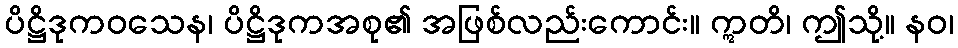
ပိဋ္ဌိဒုကဝသေန၊ ပိဋ္ဌိဒုကအစု၏ အဖြစ်လည်းကောင်း။ ဣတိ၊ ဤသို့။ နဝ၊